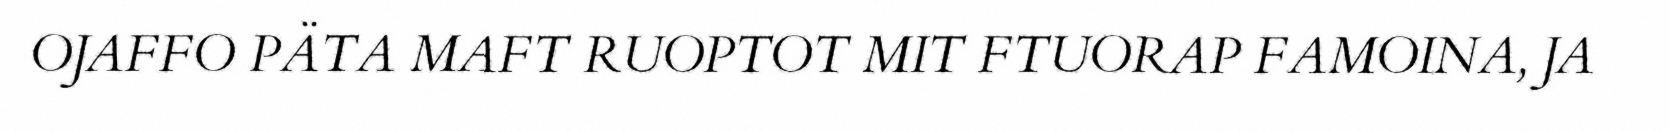
OJAFFO PÄTA MAFT RUOPTOT MIT FTUORAP FAMOINA, JA